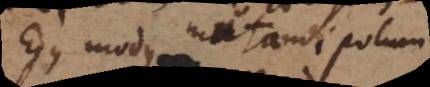
Ejus modus mutandi polum